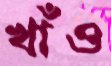
খাঁও